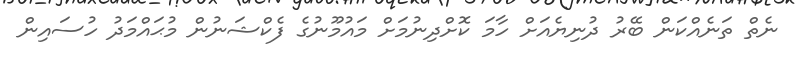
ނެތް ތަނެއްކަން ބޭރު ދުނިޔެއަށް ހާމަ ކޮށްދިނުމަށް މައުމޫނުގެ ފެކްޝަނުން މުޙައްމަދު ހުސައިން